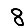
Digit: 8